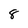
Character: 8